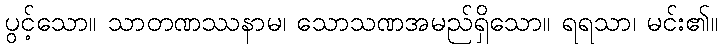
ပွင့်သော။ သာတဏဿနာမ၊ သောသဏအမည်ရှိသော။ ရရသာ၊ မင်း၏။